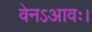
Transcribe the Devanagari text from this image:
वेनऽआवः।